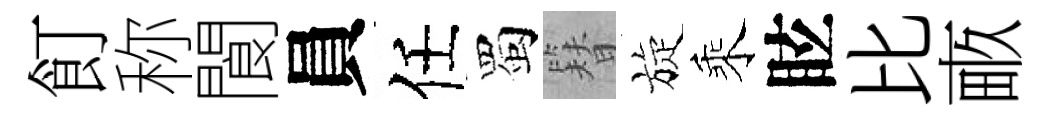
飣称閬員任蜀簪旋乘眩比畞